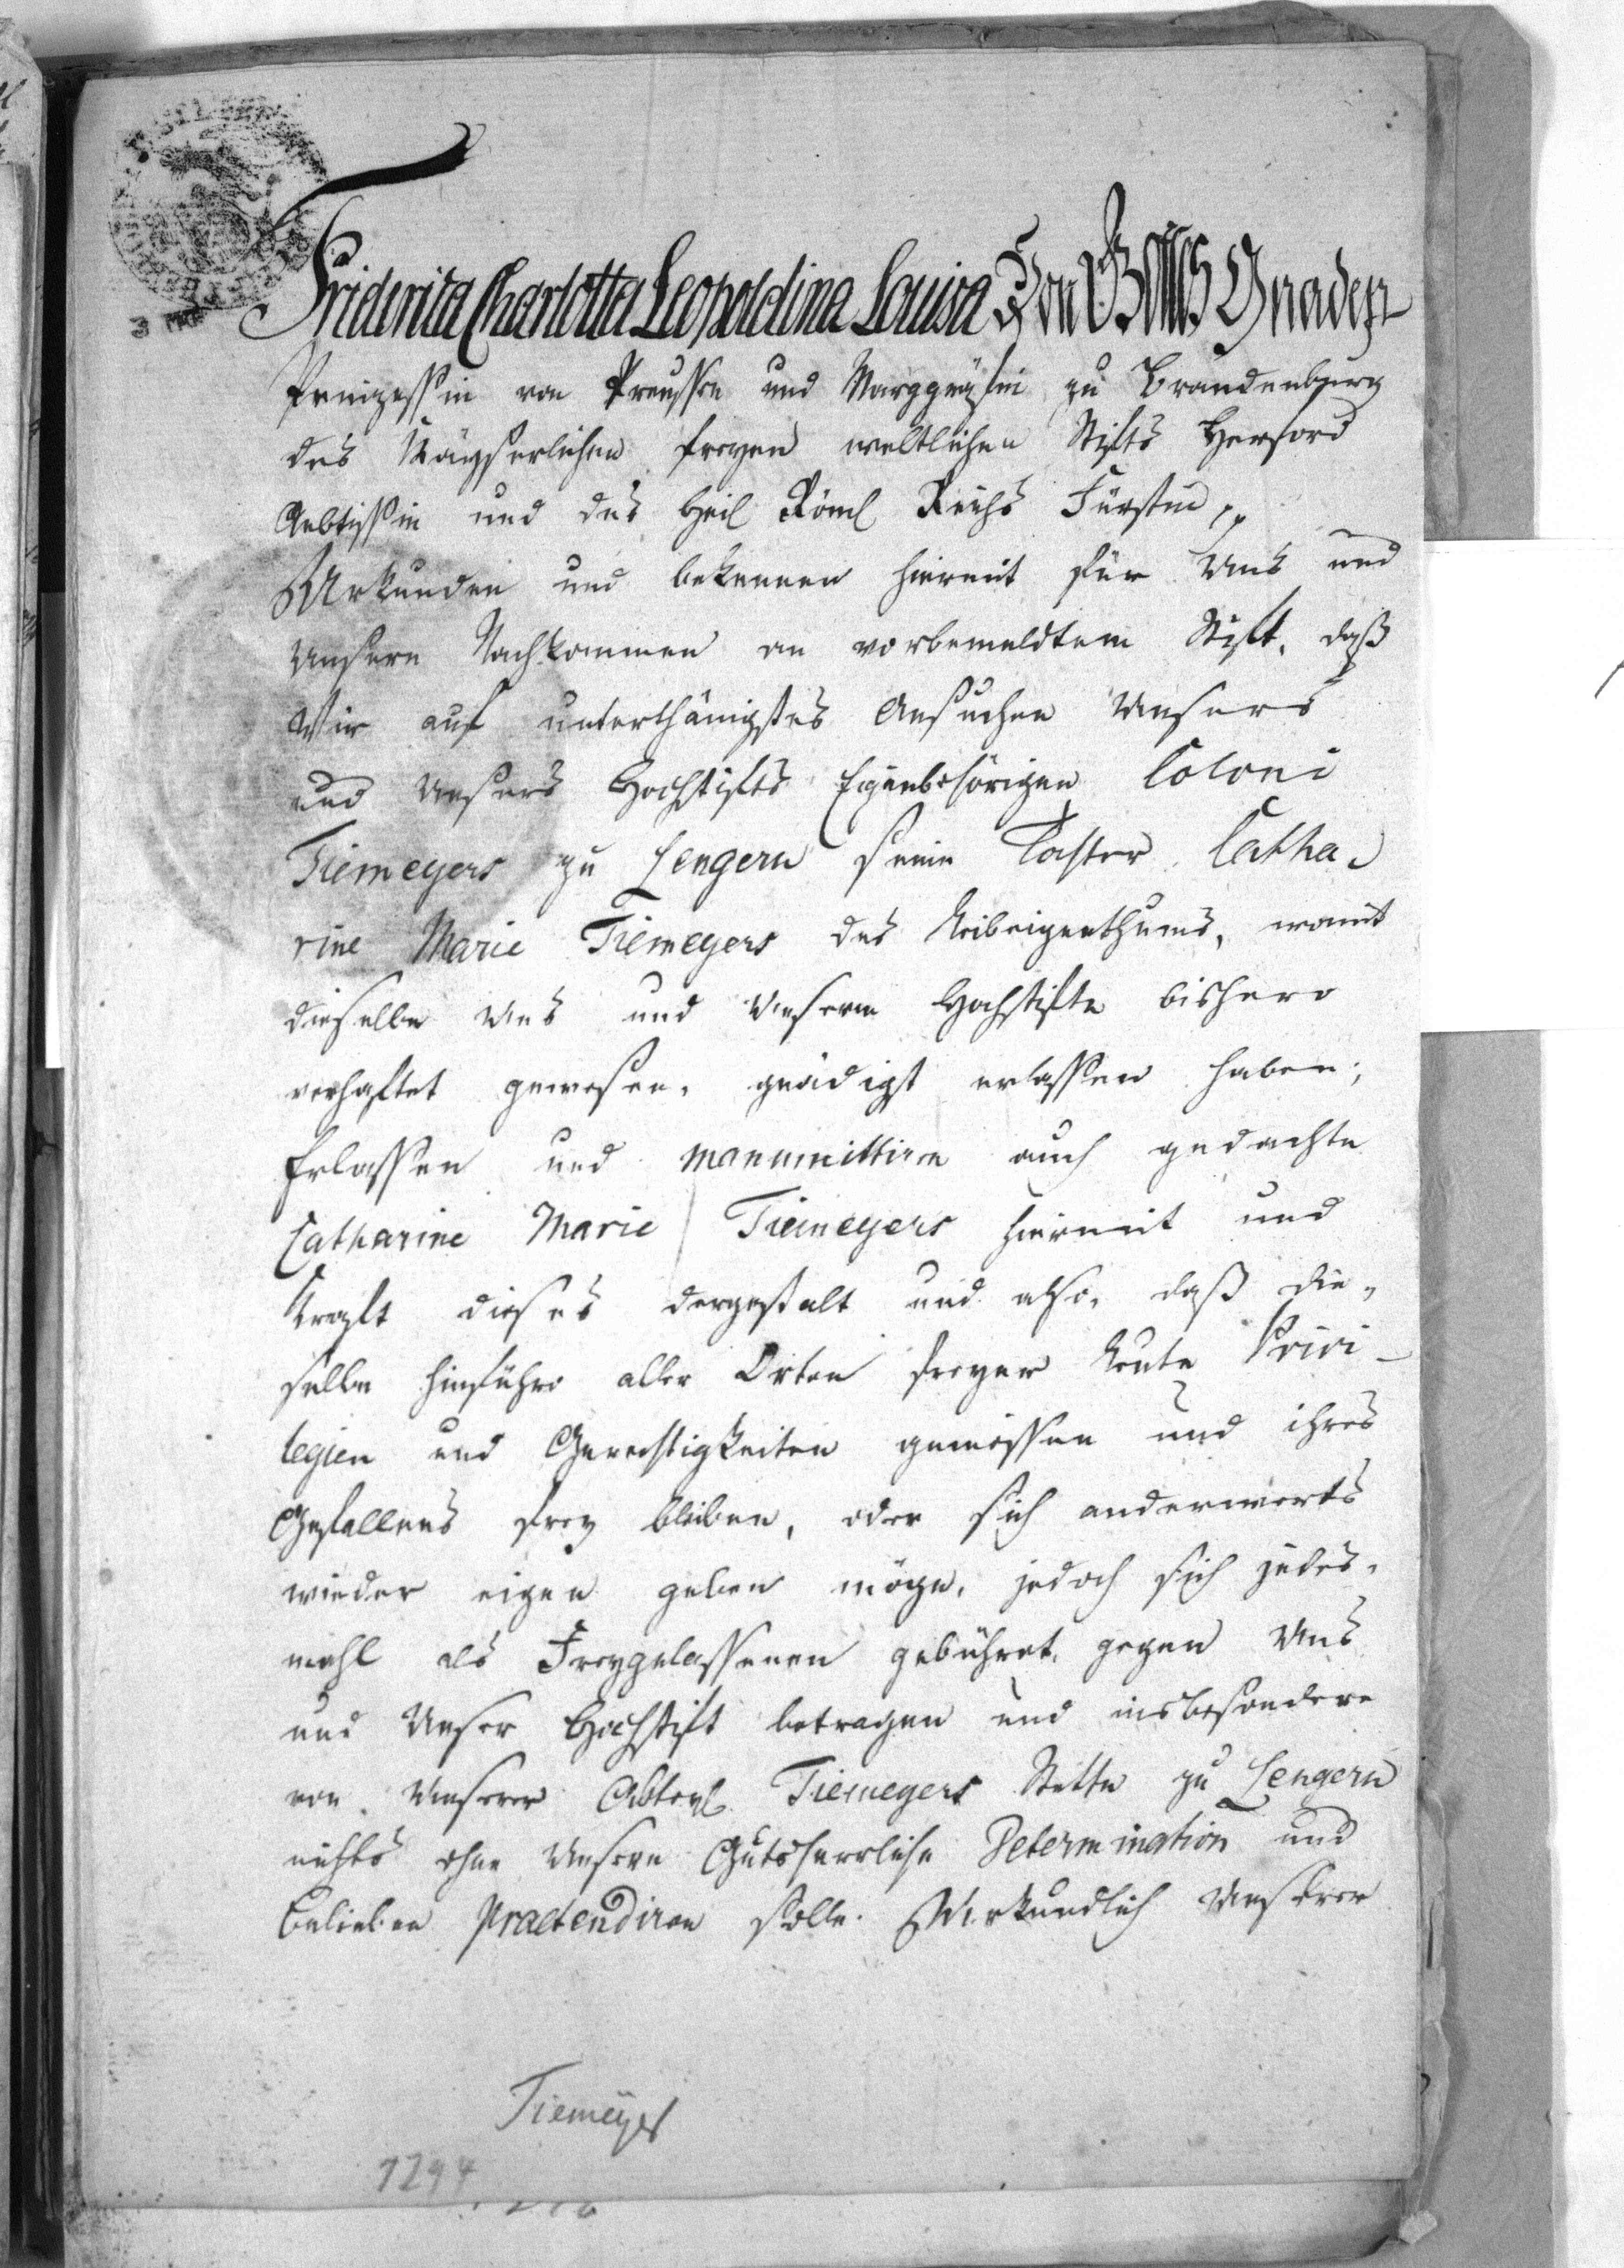
Friderica Charlotta Leopoldina Louisa von Gottes Gnaden
Prinzessin von Preussen und Marggräfin zu Brandenburg
des Kayserlichen freyen weltlichen Stifts Herford
Aebtissin und des Hei Röm Reichs Fürstin etc.
Urkunden und bekennen hiermit für Uns und
Unsere Nachkommen an vorbemeldtem Stift, daß
Wir auf unterthänigstes Ansuchen Unsers
und Unsers Hochstifts Eigenbehörigen Coloni
Tiemeyers zu Lengern seine Tochter Catha¬
rine Marie Tiemeyers des Leibeigenthums, womit
dieselbe Uns und Unserm Hochstifte bishero
verhaftet gewesen, gnädigst erlassen haben;
Erlassen und manumittiren auch gedachte
Catharine Marie Tiemeyer hiermit und
Reglt dieses dergestalt und also, daß die¬
selbehinführo aller Orten freyer Leute Privi¬
legien und Gerechtigkeiten geniessen und ihres
Gefallens frey bleiben, oder sich anderwierts
wieder eigen geben möge, jedoch sich jedes¬
mahl als Freygelassenen gebühret, gegen Uns
und Unser Hochstift betragen und insbesondere
von Unserer Abtey Tiemeyers Stette zu Lengern
nichts ohne Unsere Gutsherrliche Determination und
Belieben praetendiren solle. Urkundlich Unserer
Tiemeyer
1794